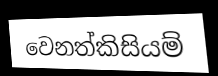
වෙනත්කිසියම්